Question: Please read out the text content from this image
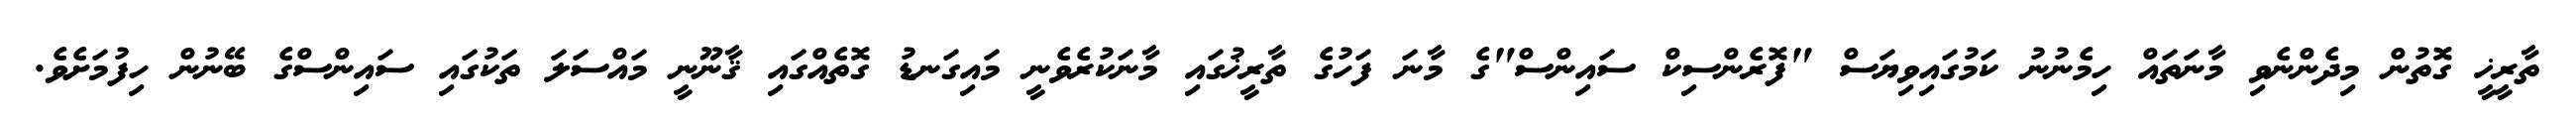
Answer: ތާރީޚީ ގޮތުން މިދެންނެވި މާނަތައް ހިމެނުނު ކަމުގައިވިޔަސް "ފޮރެންސިކް ސައިންސް"ގެ މާނަ ފަހުގެ ތާރީޚުގައި މާނަކުރެވެނީ މައިގަނޑު ގޮތެއްގައި ޤާނޫނީ މައްސަލަ ތަކުގައި ސައިންސްގެ ބޭނުން ހިފުމަށެވެ.